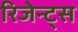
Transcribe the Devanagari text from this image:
रिजेन्ट्स